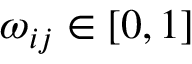
\omega _ { i j } \in [ 0 , 1 ]